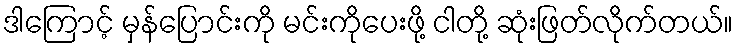
ဒါကြောင့် မှန်ပြောင်းကို မင်းကိုပေးဖို့ ငါတို့ ဆုံးဖြတ်လိုက်တယ်။